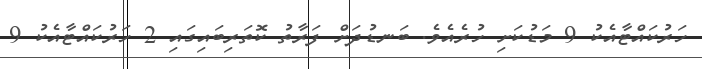
ހަރުކައްޓާއެކު 9 މަޑުކަށި ހުރެއެވެ. ބަނޑުދަށް ފަރާތު ކޮތަރިބައިގައި 2 ހަރުކައްޓާއެކު 9